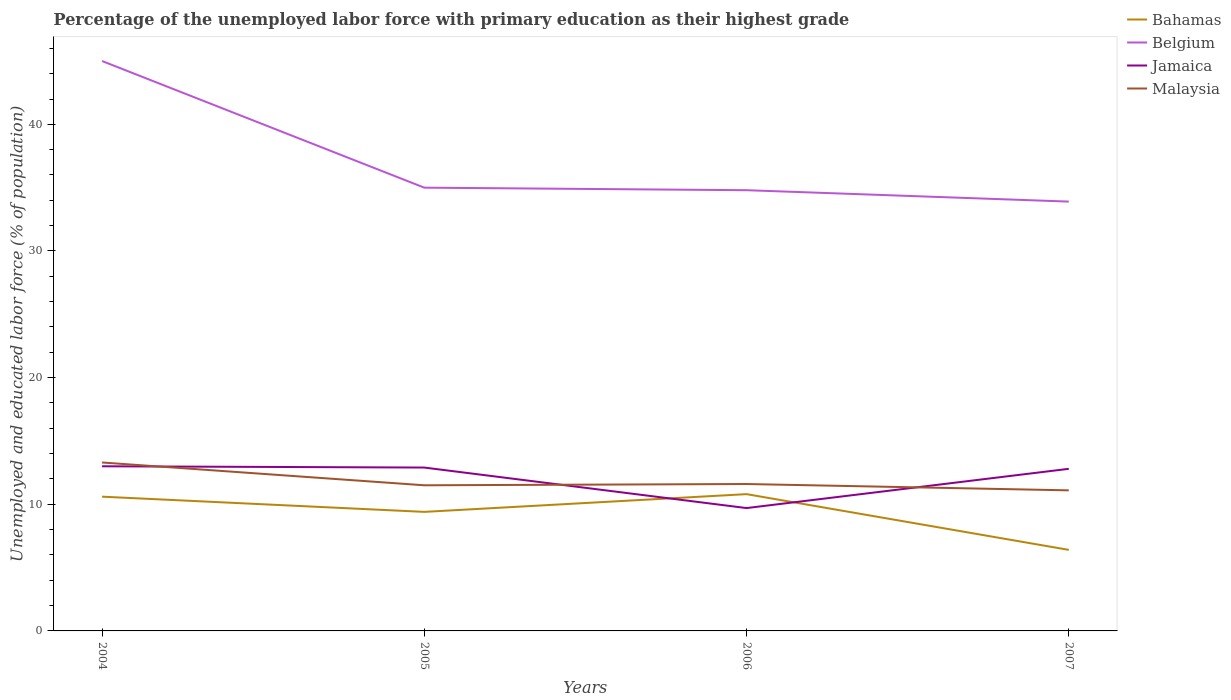
| Years | Bahamas | Belgium | Jamaica | Malaysia |
 | --- | --- | --- | --- | --- |
 | 2004 | 10.6 | 45 | 13 | 13.3 |
 | 2005 | 9.4 | 35 | 12.9 | 11.5 |
 | 2006 | 10.8 | 34.8 | 9.7 | 11.6 |
 | 2007 | 6.4 | 33.9 | 12.8 | 11.1 |